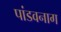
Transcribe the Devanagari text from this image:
पांडवनाग